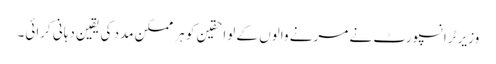
وزیر ٹرانسپورٹ نے مرنے والوں کے لواحقین کو ہر ممکن مدد کی یقین دہانی کرائی۔